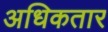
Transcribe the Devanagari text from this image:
अधिकतार